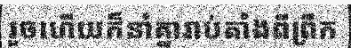
រួចហើយក៏នាំគ្នារាប់តាំងពីព្រឹក